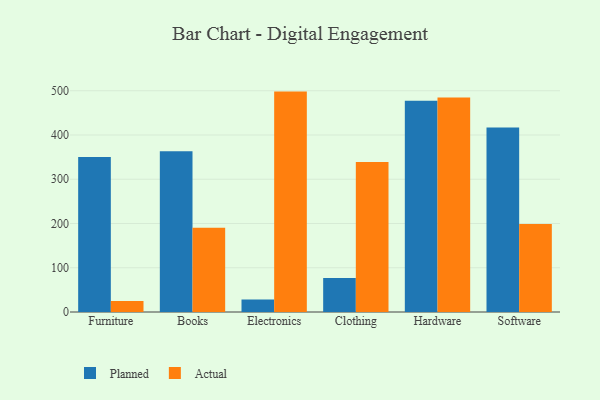
{"axis": {"x": "Category", "y": "Inventory Turnover"}, "legend": ["Actual", "Planned"], "data": [{"x": "Furniture", "y": 350.3, "type": "Planned"}, {"x": "Furniture", "y": 24.9, "type": "Actual"}, {"x": "Books", "y": 363.3, "type": "Planned"}, {"x": "Books", "y": 190.6, "type": "Actual"}, {"x": "Electronics", "y": 28.1, "type": "Planned"}, {"x": "Electronics", "y": 498.1, "type": "Actual"}, {"x": "Clothing", "y": 77.1, "type": "Planned"}, {"x": "Clothing", "y": 339.0, "type": "Actual"}, {"x": "Hardware", "y": 477.4, "type": "Planned"}, {"x": "Hardware", "y": 484.8, "type": "Actual"}, {"x": "Software", "y": 416.8, "type": "Planned"}, {"x": "Software", "y": 199.1, "type": "Actual"}]}